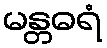
မန္တဓရံ